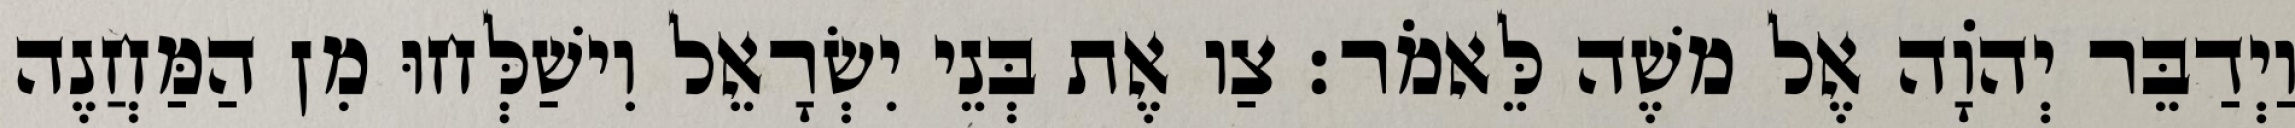
וַיְדַבֵּר יְהוָֹה אֶל משֶׁה לֵּאמֹר׃ צַו אֶת בְּנֵי יִשְׂרָאֵל וִישַׁלְּחוּ מִן הַמַּחֲנֶה